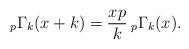
LaTeX: \begin{align*} _{p}\Gamma_{k}(x+k)=\frac{xp}{k}\: _{p}\Gamma_{k}(x).\end{align*}